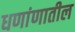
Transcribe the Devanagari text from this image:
धणांणातील